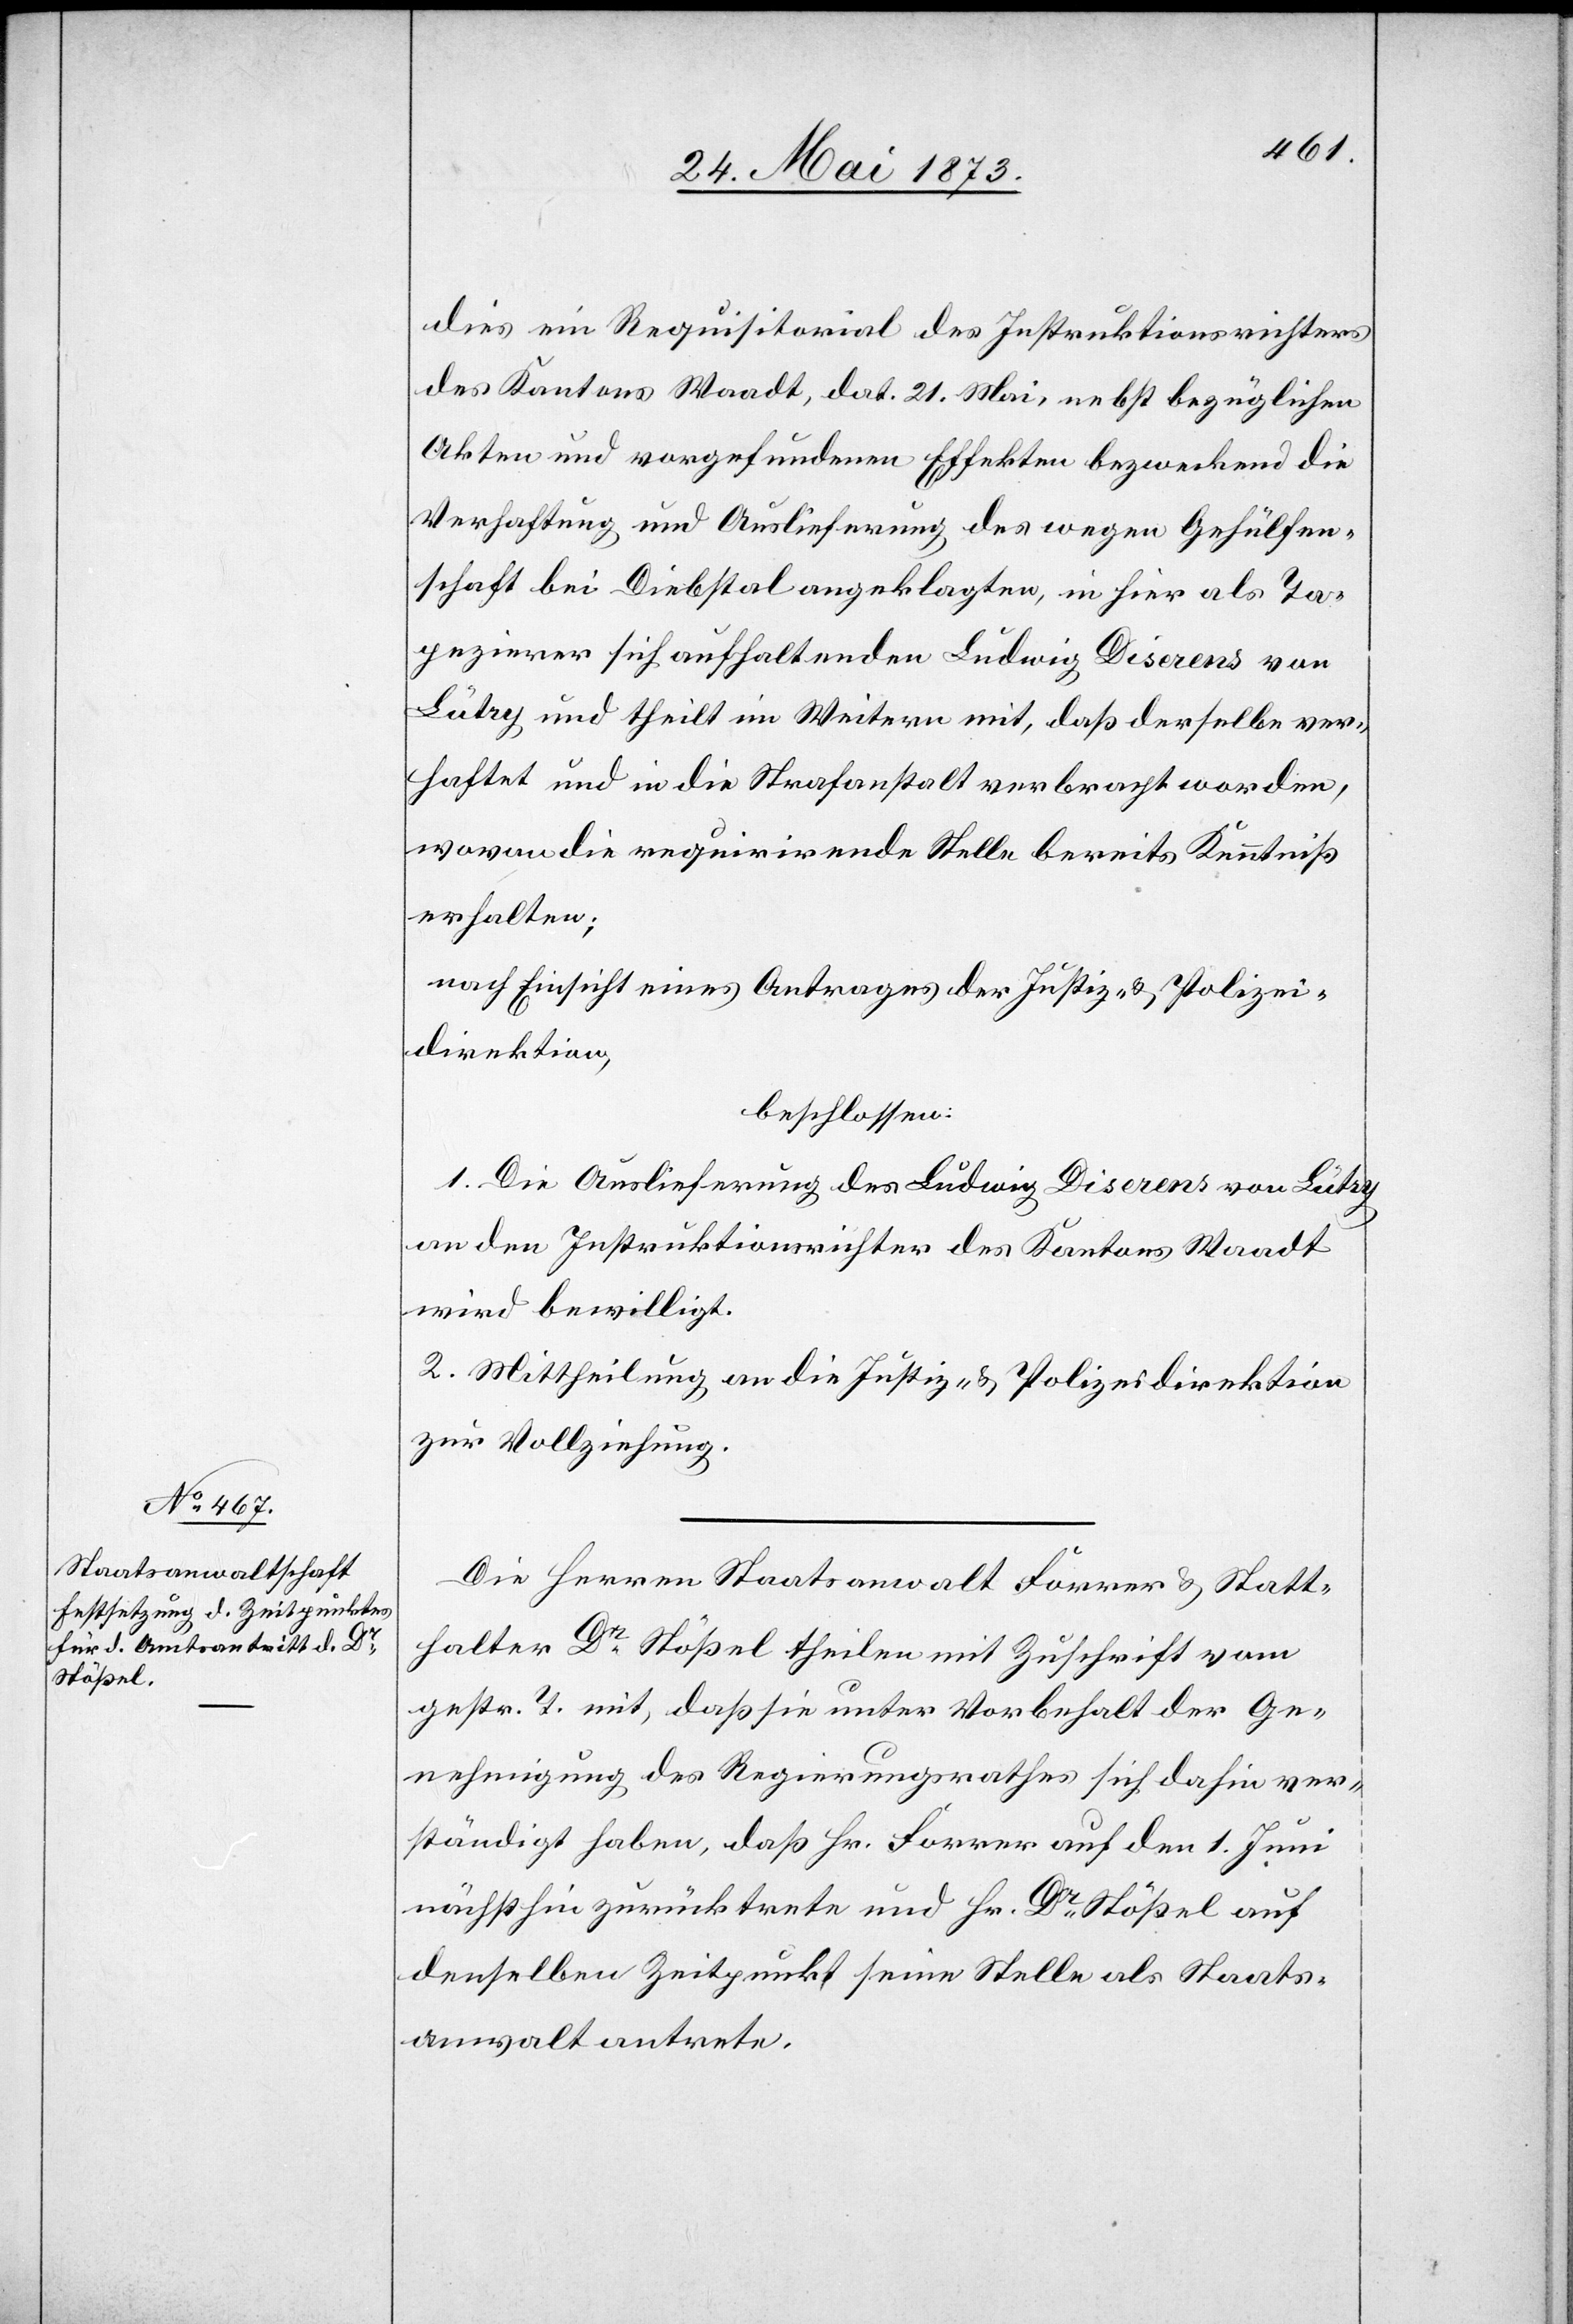
dies ein Requisitorial des Instruktionsrichters
des Kantons Waadt, dat. 21. Mai, nebst bezüglichen
Akten und vorgefundenen Effekten bezweckend die
Verhaftung und Auslieferung des wegen Gehülfen¬
schaft bei Diebstal angeklagten, in hier als Ta¬
pezierer sich aufhaltenden Ludwig Diserens von
Lutry und theilt im Weitern mit, daß derselbe ver¬
haftet und in die Strafanstalt verbracht worden,
wovon die requirirende Stelle bereits Kenntniß
erhalten;
nach Einsicht eines Antrages der Justiz- & Polizei¬
direktion,
beschlossen:
1. Die Auslieferung des Ludwig Diserens von Lutry
an den Instruktionsrichter des Kantons Waadt
wird bewilligt.
2. Mittheilung an die Justiz- & Polizeidirektion
zur Vollziehung.
Die Herren Staatsanwalt Forrer & Statt¬
halter Dr Stößel theilen mit Zuschrift vom
gestr. T. mit, daß sie unter Vorbehalt der Ge¬
nehmigung des Regierungsrathes sich dahin ver¬
ständigt haben, daß Hr. Forrer auf den 1. Juni
nächsthin zurücktreten und Hr. Dr Stößel auf
denselben Zeitpunkt seine Stelle als Staats¬
anwalt antrete.